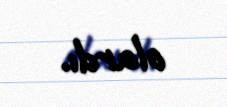
olardı.